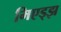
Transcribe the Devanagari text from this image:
मिएड्झ